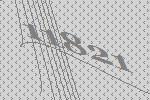
11821